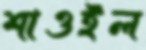
শাওইল